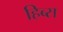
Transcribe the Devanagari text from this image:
हिब्स